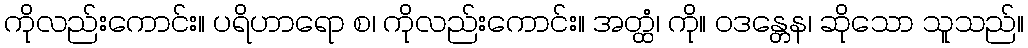
ကိုလည်းကောင်း။ ပရိဟာရော စ၊ ကိုလည်းကောင်း။ အတ္ထံ၊ ကို။ ဝဒန္တေန၊ ဆိုသော သူသည်။